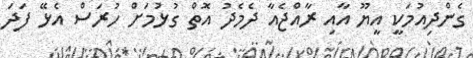
ގެންދިއުމަކީ އީޔޫ އާއި ރާއްޖެއާ ދެމެދު އޮތް ގުޅުމަށް ހުރަސް އެޅޭ ފަދަ